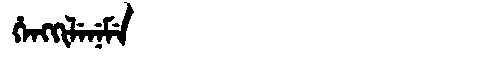
Manchu: ᡥᡝᠩᡴᡳᠯᡝᠨᡝᠮᡝ
Romanization: HENGKILENEME